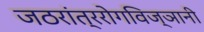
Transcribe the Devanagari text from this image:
जठरांत्ररोगविज्ञानी